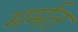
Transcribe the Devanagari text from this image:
मर्मत